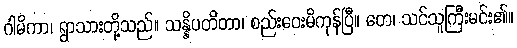
ဂါမိကာ၊ ရွာသားတို့သည်။ သန္နိပတိတာ၊ စည်းဝေးမိကုန်ပြီ။ တေ၊ သင်သူကြီးမင်း၏။